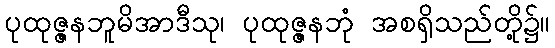
ပုထုဇ္ဇနဘူမိအာဒီသု၊ ပုထုဇ္ဇနဘုံ အစရှိသည်တို့၌။